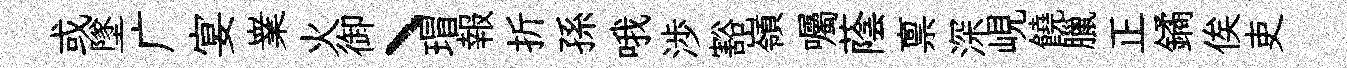
或墜广宴嶪火御丶瑁報折孫哦渉豁嶺囑蔭禀深峴饒臘正鐍俟吏